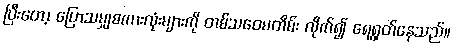
ပြီးတော့ ပြောသမျှစကားလုံးများကို တစ်သဝေမတိမ်း လိုက်၍ ရေရွတ်နေသည်။